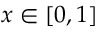
x \in \left[ 0 , 1 \right]